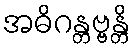
အဓိဂန္တဗ္ဗန္တိ